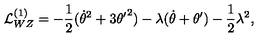
{ \cal L } _ { W Z } ^ { ( 1 ) } = - { \frac { 1 } { 2 } } ( \dot { \theta } ^ { 2 } + 3 { \theta ^ { \prime } } ^ { 2 } ) - \lambda ( \dot { \theta } + \theta ^ { \prime } ) - { \frac { 1 } { 2 } } \lambda ^ { 2 } ,